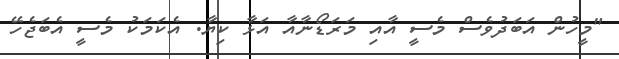
"މީހުން އަބަދުވެސް މެސީ އާއި މަރަޑޯނާއާ އަޅާ ކިޔާ. އެކަމަކު މެސީ އެބަޖެހޭ